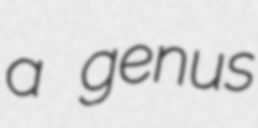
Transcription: a genus